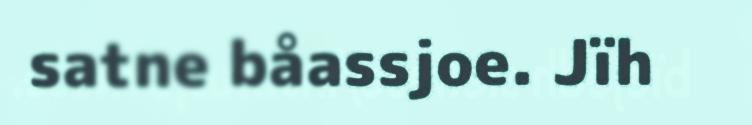
satne båassjoe. Jïh